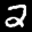
Label: 2